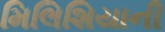
મિલિશિયાની